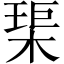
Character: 𤦲